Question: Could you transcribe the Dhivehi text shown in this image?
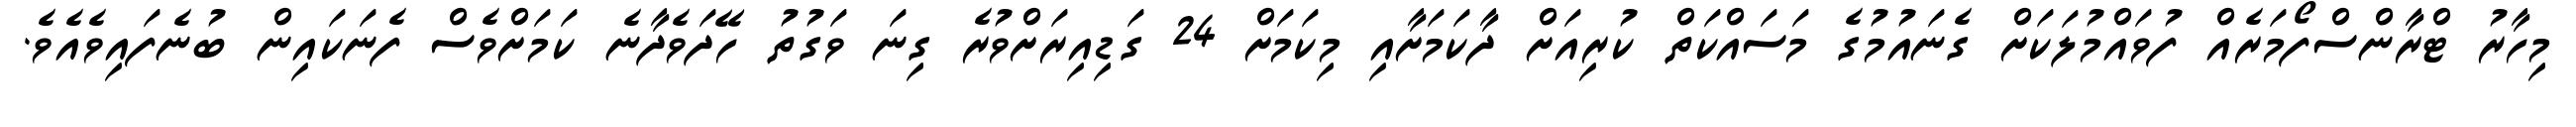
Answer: މިހާރު ޓްރާންސްފޯމަރެއް ފުވައްމުލަކަށް ގެނައުމުގެ މަސައްކަތް ކުރިއަށް ދާކަމަށާއި މިކަމަށް 24 ގަޑިއިރަށްވުރެ ގިނަ ވަގުތު ހޭދަވެދާނެ ކަމަށްވެސް ފެނަކައިން ބުނެފައިވެއެވެ.